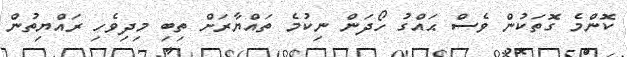
ކޮންމެ ގޮތަކުން ވެސް ޙައްގު ހޯދަން ނިކުމެ ތައްޔާރަށް ތިބި މިދިވެހި ރައްޔިތުން